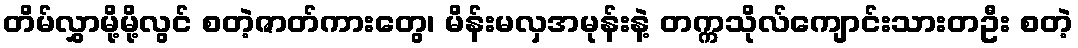
တိမ်လွှာမို့မို့လွင် စတဲ့ဇာတ်ကားတွေ၊ မိန်းမလှအမုန်းနဲ့ တက္ကသိုလ်ကျောင်းသားတဦး စတဲ့